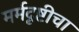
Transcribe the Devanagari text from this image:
मर्मदृष्टीचा